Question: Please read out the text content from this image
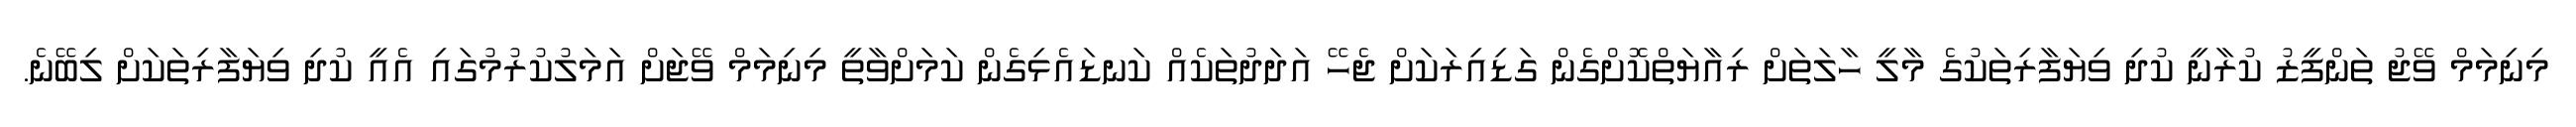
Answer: މިނިމަމް ވޭޖު ތަންފީޒު ކުރާނީ ކުދި ވިޔަފާރިތަކުގެ މާލީ ހާލަތަށް ރިއާޔަތްކޮށްގެން ގަޑިއިރަކަށް ޖެހޭ އަދަދުތަކެއް ކަނޑައެޅިގެން ކަމަށްވާތީ މިނިމަމް ވޭޖަށް އަމަލުކުރުމުގައި އެއީ ކުދި ވިޔަފާރިތަކަށް ލިބޭނެ.